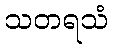
သတရသံ